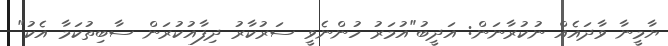
ޔާމީނާ ވާދައެއް ނުކުރާނަން: އަދީބު"އުމަރު ހުންނެވީ ސަރުކާރު ދިފާއުކުރަން ސާބިތުކަމާ އެކު"